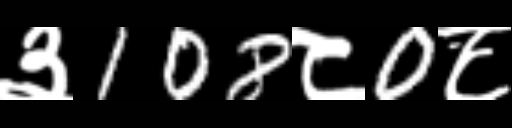
Text: ३108८0८